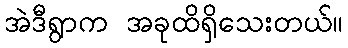
အဲဒီရွာက အခုထိရှိသေးတယ်။